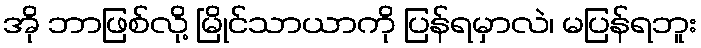
အို ဘာဖြစ်လို့ မြိုင်သာယာကို ပြန်ရမှာလဲ၊ မပြန်ရဘူး